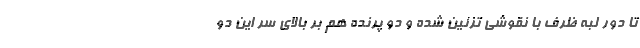
تا دور لبه ظرف با نقوشی تزئین شده و دو پرنده هم بر بالای سر این دو